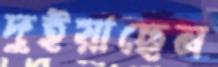
দুইয়াছেন